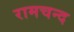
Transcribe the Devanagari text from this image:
रामचन्द